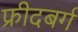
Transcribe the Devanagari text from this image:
फ्रीदबर्ग